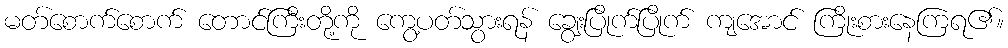
မတ်စောက်စောက် တောင်ကြီးတို့ကို ကွေ့ပတ်သွားရန် ချွေးပြိုက်ပြိုက် ကျအောင် ကြိုးစားနေကြရ၏။